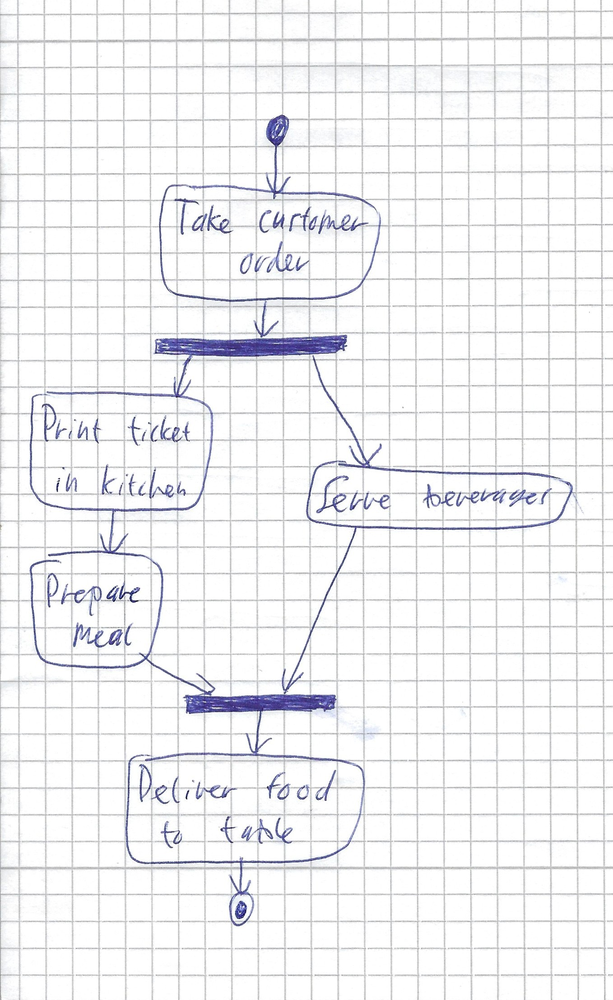
Diagram type: activity_diagram
```plantuml
@startuml

start
:Take customer order;
fork
  :Print ticket in kitchen;
  :Prepare meal;
fork again
  :Serve beverages;
end fork
:Deliver food to table;
stop

@enduml
```